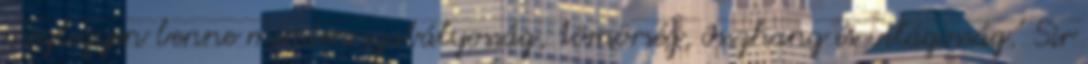
meglegyen benne minden szabályosság, tömörség, összhang és világosság.' Sir